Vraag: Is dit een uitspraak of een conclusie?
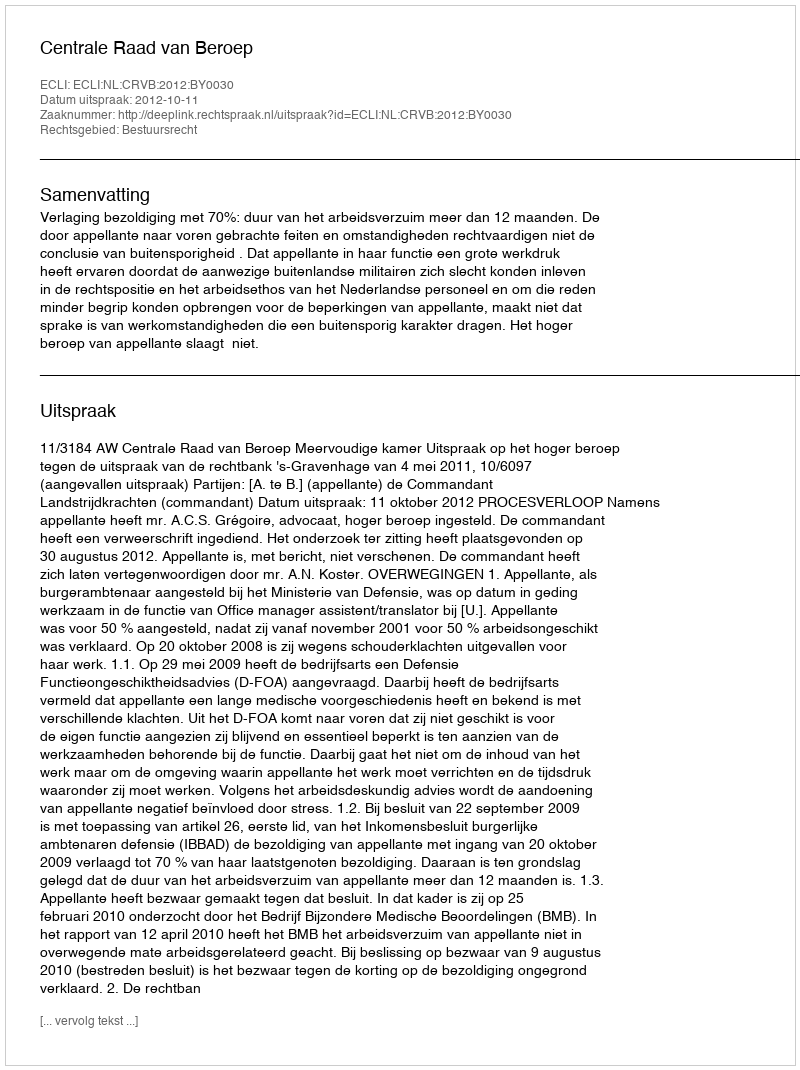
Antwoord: Uitspraak